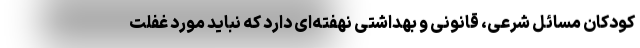
کودکان مسائل شرعی، قانونی و بهداشتی نهفته‌ای دارد که نباید مورد غفلت